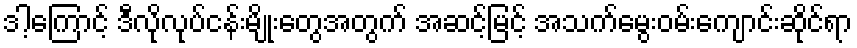
ဒါ့ကြောင့် ဒီလိုလုပ်ငန်းမျိုးတွေအတွက် အဆင့်မြင့် အသက်မွေးဝမ်းကျောင်းဆိုင်ရာ